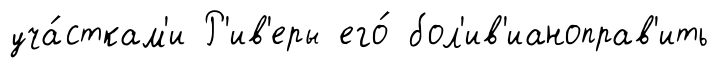
уча́сткам'и Р'ив'еры его́ бол'ив'ианоправ'ить